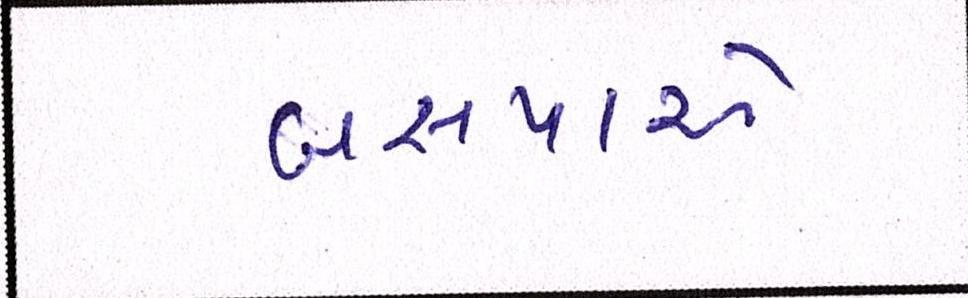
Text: બસપાએ